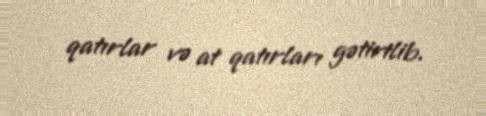
qatırlar və at qatırları gətirilib.